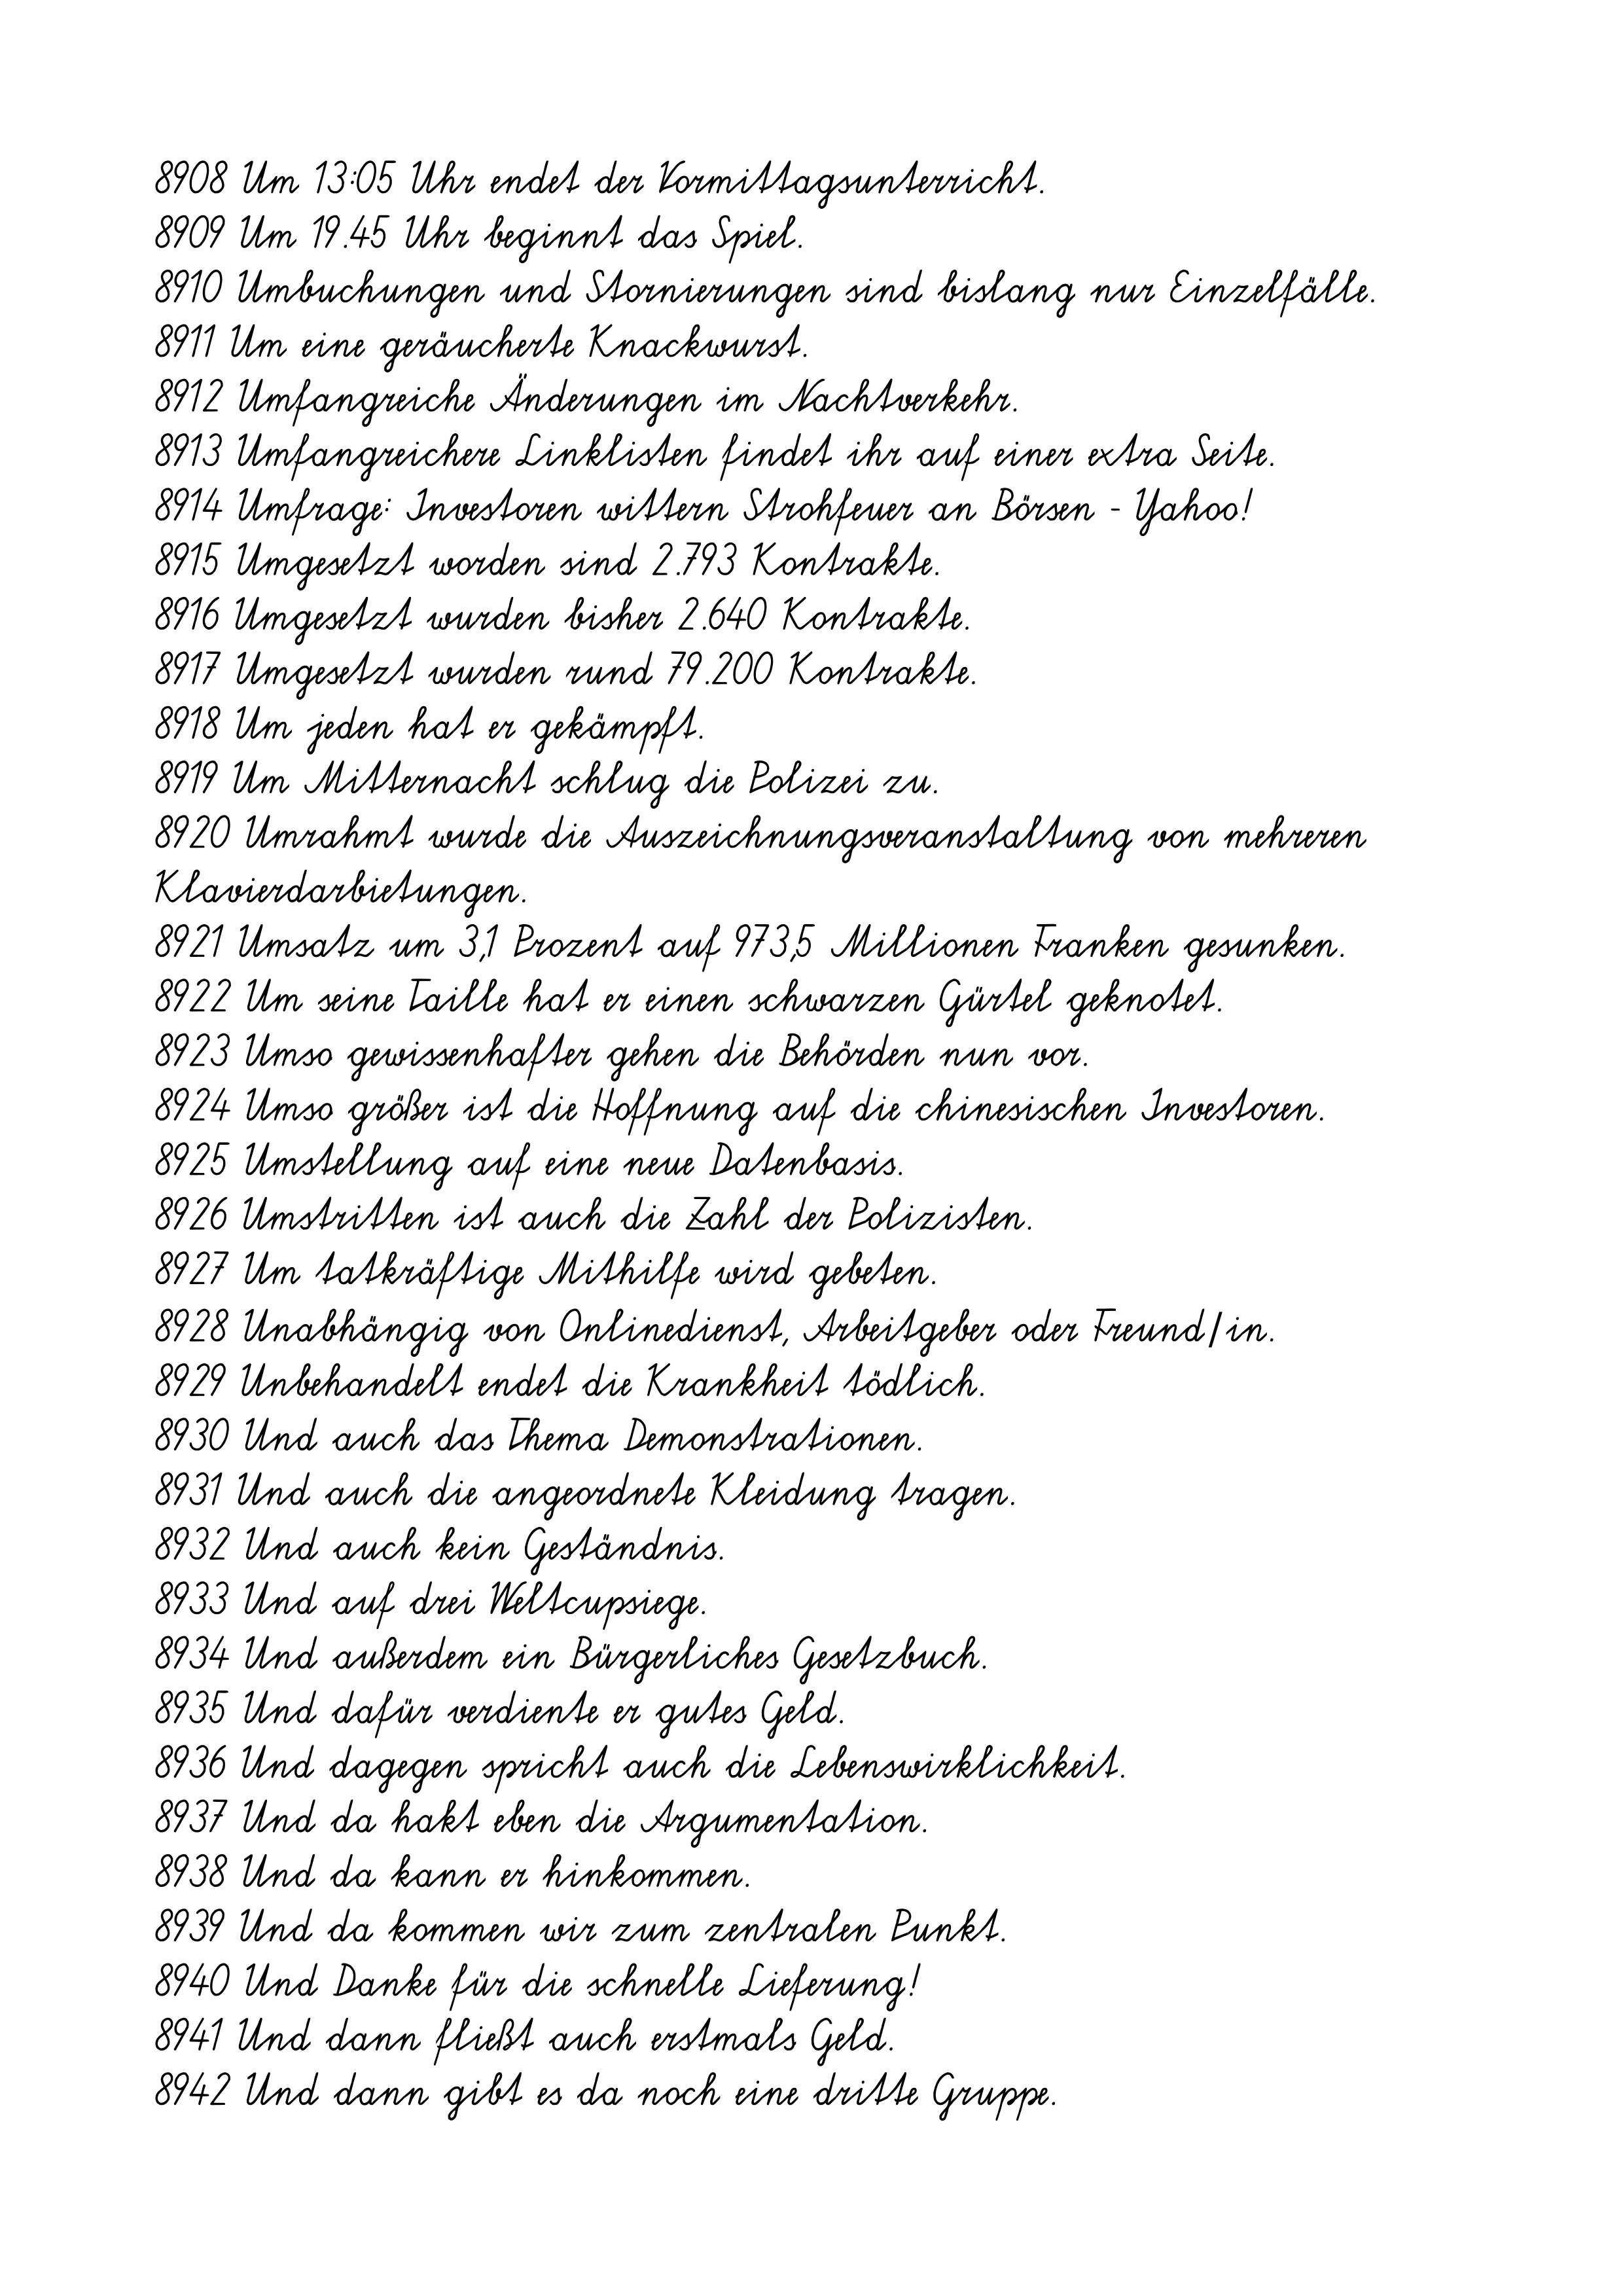
8908 Um 13:05 Uhr endet der Vormittagsunterricht.
8909 Um 19.45 Uhr beginnt das Spiel.
8910 Umbuchungen und Stornierungen sind bislang nur Einzelfälle.
8911 Um eine geräucherte Knackwurst.
8912 Umfangreiche Änderungen im Nachtverkehr.
8913 Umfangreichere Linklisten findet ihr auf einer extra Seite.
8914 Umfrage: Investoren wittern Strohfeuer an Börsen - Yahoo!
8915 Umgesetzt worden sind 2.793 Kontrakte.
8916 Umgesetzt wurden bisher 2.640 Kontrakte.
8917 Umgesetzt wurden rund 79.200 Kontrakte.
8918 Um jeden hat er gekämpft.
8919 Um Mitternacht schlug die Polizei zu.
8920 Umrahmt wurde die Auszeichnungsveranstaltung von mehreren
Klavierdarbietungen.
8921 Umsatz um 3,1 Prozent auf 973,5 Millionen Franken gesunken.
8922 Um seine Taille hat er einen schwarzen Gürtel geknotet.
8923 Umso gewissenhafter gehen die Behörden nun vor.
8924 Umso größer ist die Hoffnung auf die chinesischen Investoren.
8925 Umstellung auf eine neue Datenbasis.
8926 Umstritten ist auch die Zahl der Polizisten.
8927 Um tatkräftige Mithilfe wird gebeten.
8928 Unabhängig von Onlinedienst, Arbeitgeber oder Freund/in.
8929 Unbehandelt endet die Krankheit tödlich.
8930 Und auch das Thema Demonstrationen.
8931 Und auch die angeordnete Kleidung tragen.
8932 Und auch kein Geständnis.
8933 Und auf drei Weltcupsiege.
8934 Und außerdem ein Bürgerliches Gesetzbuch.
8935 Und dafür verdiente er gutes Geld.
8936 Und dagegen spricht auch die Lebenswirklichkeit.
8937 Und da hakt eben die Argumentation.
8938 Und da kann er hinkommen.
8939 Und da kommen wir zum zentralen Punkt.
8940 Und Danke für die schnelle Lieferung!
8941 Und dann fließt auch erstmals Geld.
8942 Und dann gibt es da noch eine dritte Gruppe.